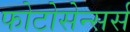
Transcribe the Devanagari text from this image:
फोटोसेन्सर्स